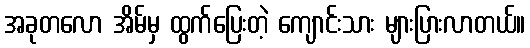
အခုတလော အိမ်မှ ထွက်ပြေးတဲ့ ကျောင်းသား များပြားလာတယ်။